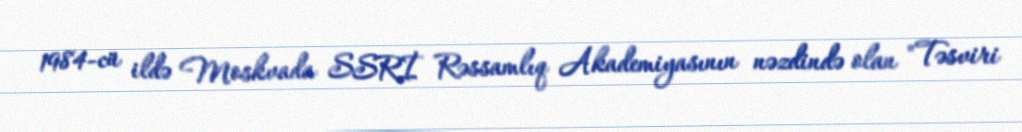
1984-cü ildə Moskvada SSRİ Rəssamlıq Akademiyasının nəzdində olan "Təsviri